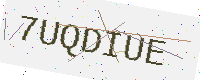
Text: 7UQDIUE